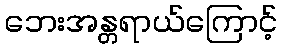
ဘေးအန္တရာယ်ကြောင့်